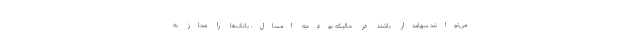
می‌توانند سهامدار باشند در حالیکه بودجه امسال، بانک‌ها را مجاز به